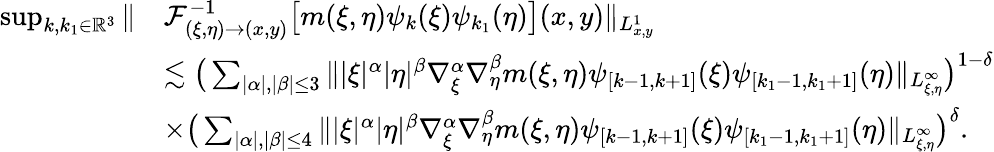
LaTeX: \begin{array}{rl}{\operatorname*{sup}_{k,k_{1}\in\mathbb{R}^{3}}\| }&{\mathcal{F}_{(\xi,\eta)\rightarrow(x,y)}^{-1}\big[m(\xi,\eta)\psi_{k}(\xi)\psi_{k_{1}}(\eta)\big](x,y)\| _{L_{x,y}^{1}}}\\ &{\lesssim\big(\sum_{|\alpha|,|\beta|\leq 3}\| |\xi|^{\alpha}|\eta|^{\beta}\nabla_{\xi}^{\alpha}\nabla_{\eta}^{\beta}m(\xi,\eta)\psi_{[k-1,k+1]}(\xi)\psi_{[k_{1}-1,k_{1}+1]}(\eta)\| _{L_{\xi,\eta}^{\infty}}\big)^{1-\delta}}\\ &{\times\big(\sum_{|\alpha|,|\beta|\leq 4}\| |\xi|^{\alpha}|\eta|^{\beta}\nabla_{\xi}^{\alpha}\nabla_{\eta}^{\beta}m(\xi,\eta)\psi_{[k-1,k+1]}(\xi)\psi_{[k_{1}-1,k_{1}+1]}(\eta)\| _{L_{\xi,\eta}^{\infty}}\big)^{\delta}.}\end{array}